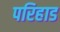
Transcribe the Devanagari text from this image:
परिहाड